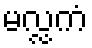
မလ္လကံ